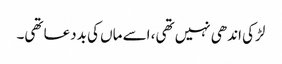
لڑکی اندھی نہیں تھی، اسے ماں‌ کی بددعا تھی۔